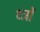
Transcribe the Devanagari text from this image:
क्ष्त्रों